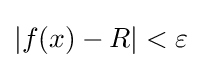
|f(x)-R|<\varepsilon